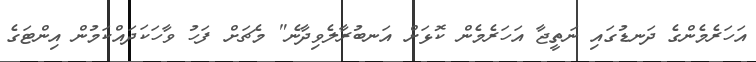
އަހަރެމެންގެ ދަނޑުގައި ނަތީޖާ އަހަރެމެން ކޮޅަށް އަނބުރާލެވިދާނެ" މެޗަށް ފަހު ވާހަކަދައްކަމުން އިންޓަގެ